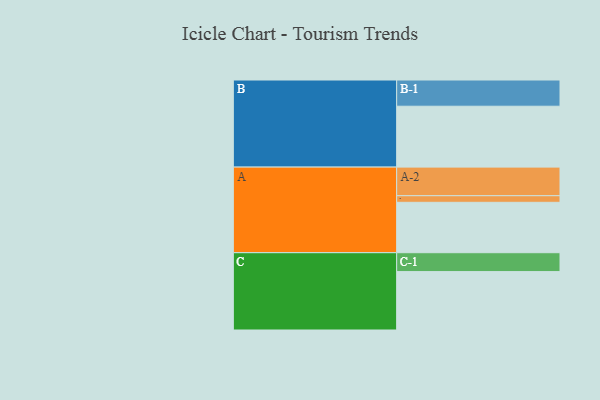
{"axis": {"x": "Segment", "y": "Value"}, "legend": ["", "A", "B", "C"], "data": [{"x": "A", "y": 467, "type": ""}, {"x": "B", "y": 564, "type": ""}, {"x": "C", "y": 541, "type": ""}, {"x": "A-1", "y": 61, "type": "A"}, {"x": "A-2", "y": 265, "type": "A"}, {"x": "B-1", "y": 243, "type": "B"}, {"x": "C-1", "y": 175, "type": "C"}]}